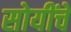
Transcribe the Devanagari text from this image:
सोयींचे